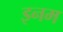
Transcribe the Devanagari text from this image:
इनम